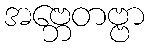
အဗ္ဘေတဗ္ဗာ